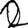
Digit: 2